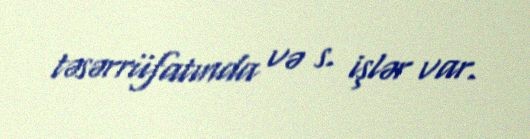
təsərrüfatında və s. işlər var.